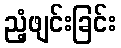
ညံ့ဖျင်းခြင်း